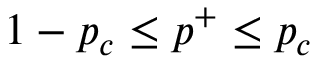
1 - p _ { c } \le p ^ { + } \le p _ { c }